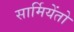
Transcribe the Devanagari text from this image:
सार्मियेंतो